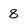
Character: 8